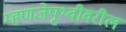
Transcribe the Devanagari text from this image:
म्हणजेपृथ्वीवरील